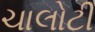
ચાલોટી